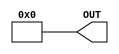
module GP_DCMPREF(output reg[7:0]OUT);
	parameter[7:0] REF_VAL = 8'h00;
	initial OUT = REF_VAL;
endmodule